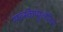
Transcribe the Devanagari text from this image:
सब्स्केप्युलेरिस